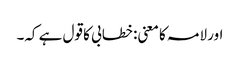
اور لامہ کا معنی: خطابی کا قول ہے کہ۔